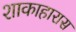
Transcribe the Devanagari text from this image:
शाकाहारास